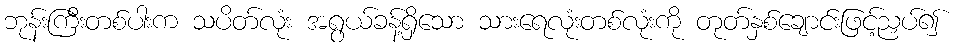
ဘုန်းကြီးတစ်ပါးက သပိတ်လုံး အရွယ်ခန့်ရှိသော သားရေလုံးတစ်လုံးကို တုတ်နှစ်ချောင်းဖြင့်ညှပ်၍